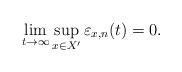
LaTeX: \begin{align*}\lim_{t\to\infty}\sup_{x\in X'}\varepsilon_{x,n}(t)=0.\end{align*}